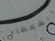
الشمطاء